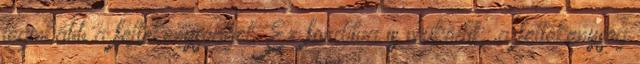
leginkább a féltékenységgel. Ez fordítva is működik: a féltékenység